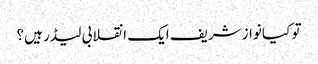
تو کیا نوازشریف ایک انقلابی لیڈر ہیں؟